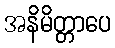
အနိမိတ္တာပေ